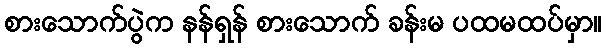
စားသောက်ပွဲက နန်ရှန် စားသောက် ခန်းမ ပထမထပ်မှာ။